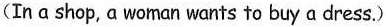
(In a shop,a woman wants to buy a dress.)